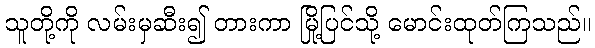
သူတို့ကို လမ်းမှဆီး၍ တားကာ မြို့ပြင်သို့ မောင်းထုတ်ကြသည်။